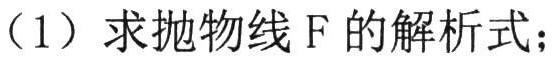
（1）求抛物线F的解析式；